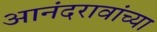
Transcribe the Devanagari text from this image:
आनंदरावांच्या